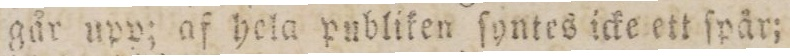
går upp; af hela publiken ſyntes icke ett ſpår;